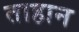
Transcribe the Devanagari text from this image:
ताहान